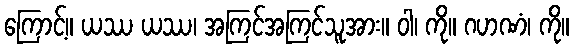
ကြောင့်။ ယဿ ယဿ၊ အကြင်အကြင်သူအား။ ဝါ၊ ကို။ ဂဟဏံ၊ ကို။